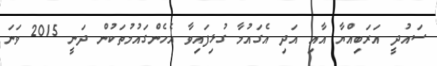
ސައުދީ އަރަބިއްޔާ އާއި އަދި އެގައުމާ ގުޅިފައިވާ އެހެންގައުމުތަކުން ދަނީ 2015 ވަނަ